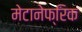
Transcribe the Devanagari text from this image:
मेटानेफ्रिक